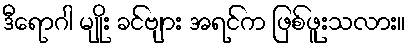
ဒီရောဂါ မျိုး ခင်ဗျား အရင်က ဖြစ်ဖူးသလား။